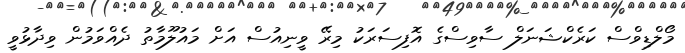
މޯލްޑިވްސް ކަރެކްޝަނަލް ސާވިސްގެ އޮފިިސަރަކު މިރޭ ވީނިއުސް އަށް މައުލޫމާތު ދެއްވަމުން ވިދާޅުވީ